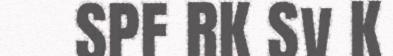
SPF RK Sv K